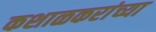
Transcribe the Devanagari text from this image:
कशाळकरांच्या